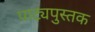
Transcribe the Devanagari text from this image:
पाट्यपुस्तक